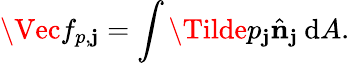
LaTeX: \Vec{f}_{p,\mathbf{j}}=\int\Tilde{p}_{\mathbf{j}}\hat{{\mathbf{{n}}}}_{\mathbf{j}}\: \mathrm{{d}}A.